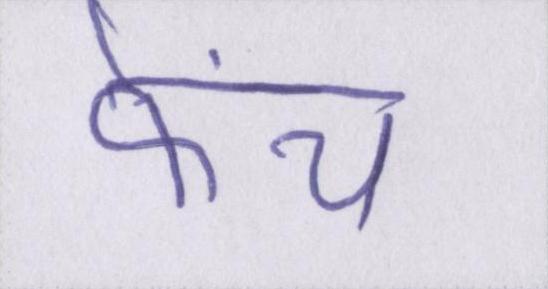
फ्रेंच